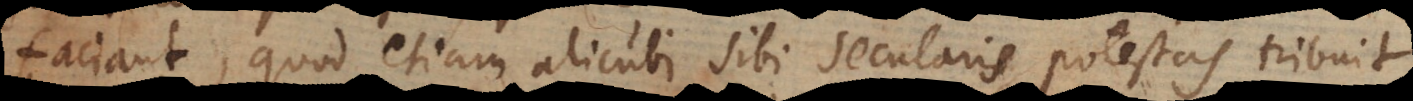
faciant, quod etiam alicubi sibi secularis potestas tribuit.